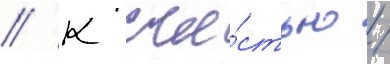
// К сча́стью /